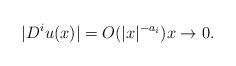
LaTeX: \begin{align*} |D^iu(x)| = O(|x|^{-a_i})x\to 0.\end{align*}